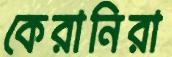
কেরানিরা